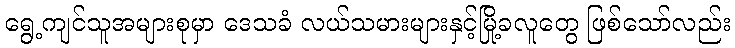
ရွေ့ကျင်သူအများစုမှာ ဒေသခံ လယ်သမားများနှင့်မြို့ခလူတွေ ဖြစ်သော်လည်း